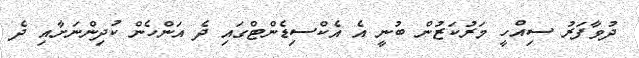
ދުވާފަރު ސިއްހީ މަރުކަޒުން ބުނީ އެ އެކްސިޑެންޓްގައި ދެ އަންހެން ކުދިންނަށާއި ދެ